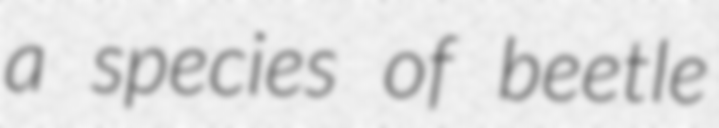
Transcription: a species of beetle